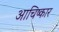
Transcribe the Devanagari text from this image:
आचिष्कार